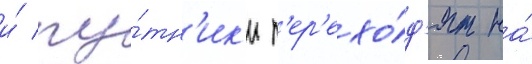
и́ пу́тн'ик'и п'ер'ехо́д'ят на́